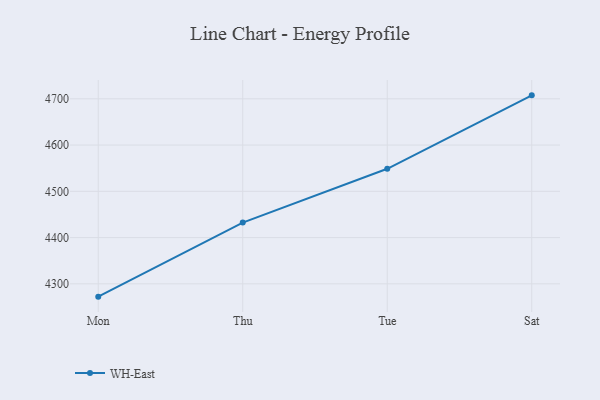
{"axis": {"x": "Day", "y": "Tickets Resolved"}, "legend": ["WH-East"], "data": [{"x": "Mon", "y": 4272.3, "type": "WH-East"}, {"x": "Thu", "y": 4432.4, "type": "WH-East"}, {"x": "Tue", "y": 4548.7, "type": "WH-East"}, {"x": "Sat", "y": 4707.5, "type": "WH-East"}]}